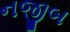
નજીબ